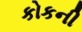
કોકની